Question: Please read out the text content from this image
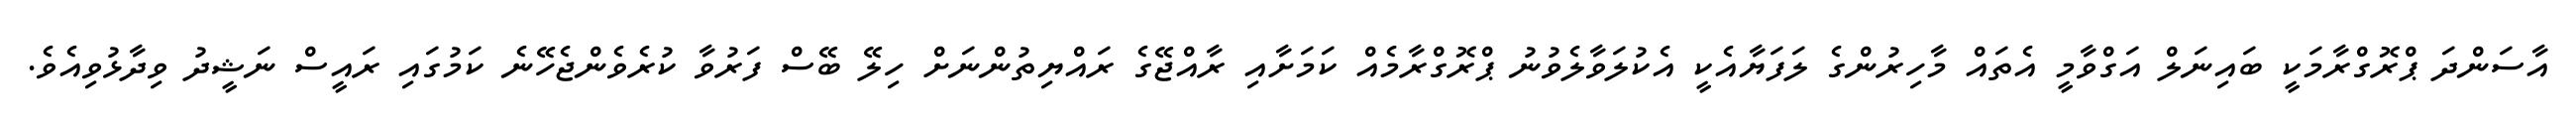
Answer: އާސަންދަ ޕްރޮގްރާމަކީ ބައިނަލް އަގްވާމީ އެތައް މާހިރުންގެ ލަފަޔާއެކީ އެކުލަވާލެވުނު ޕްރޮގްރާމެއް ކަމަށާއި ރާއްޖޭގެ ރައްޔިތުންނަށް ހިލޭ ބޭސް ފަރުވާ ކުރެވެންޖެހޭނެ ކަމުގައި ރައީސް ނަޝީދު ވިދާޅުވިއެވެ.